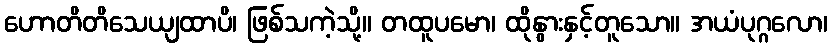
ဟောတိတိသေယျထာပိ၊ ဖြစ်သကဲ့သို့။ တထူပမော၊ ထိုနွားနှင့်တူသော။ အယံပုဂ္ဂလော၊